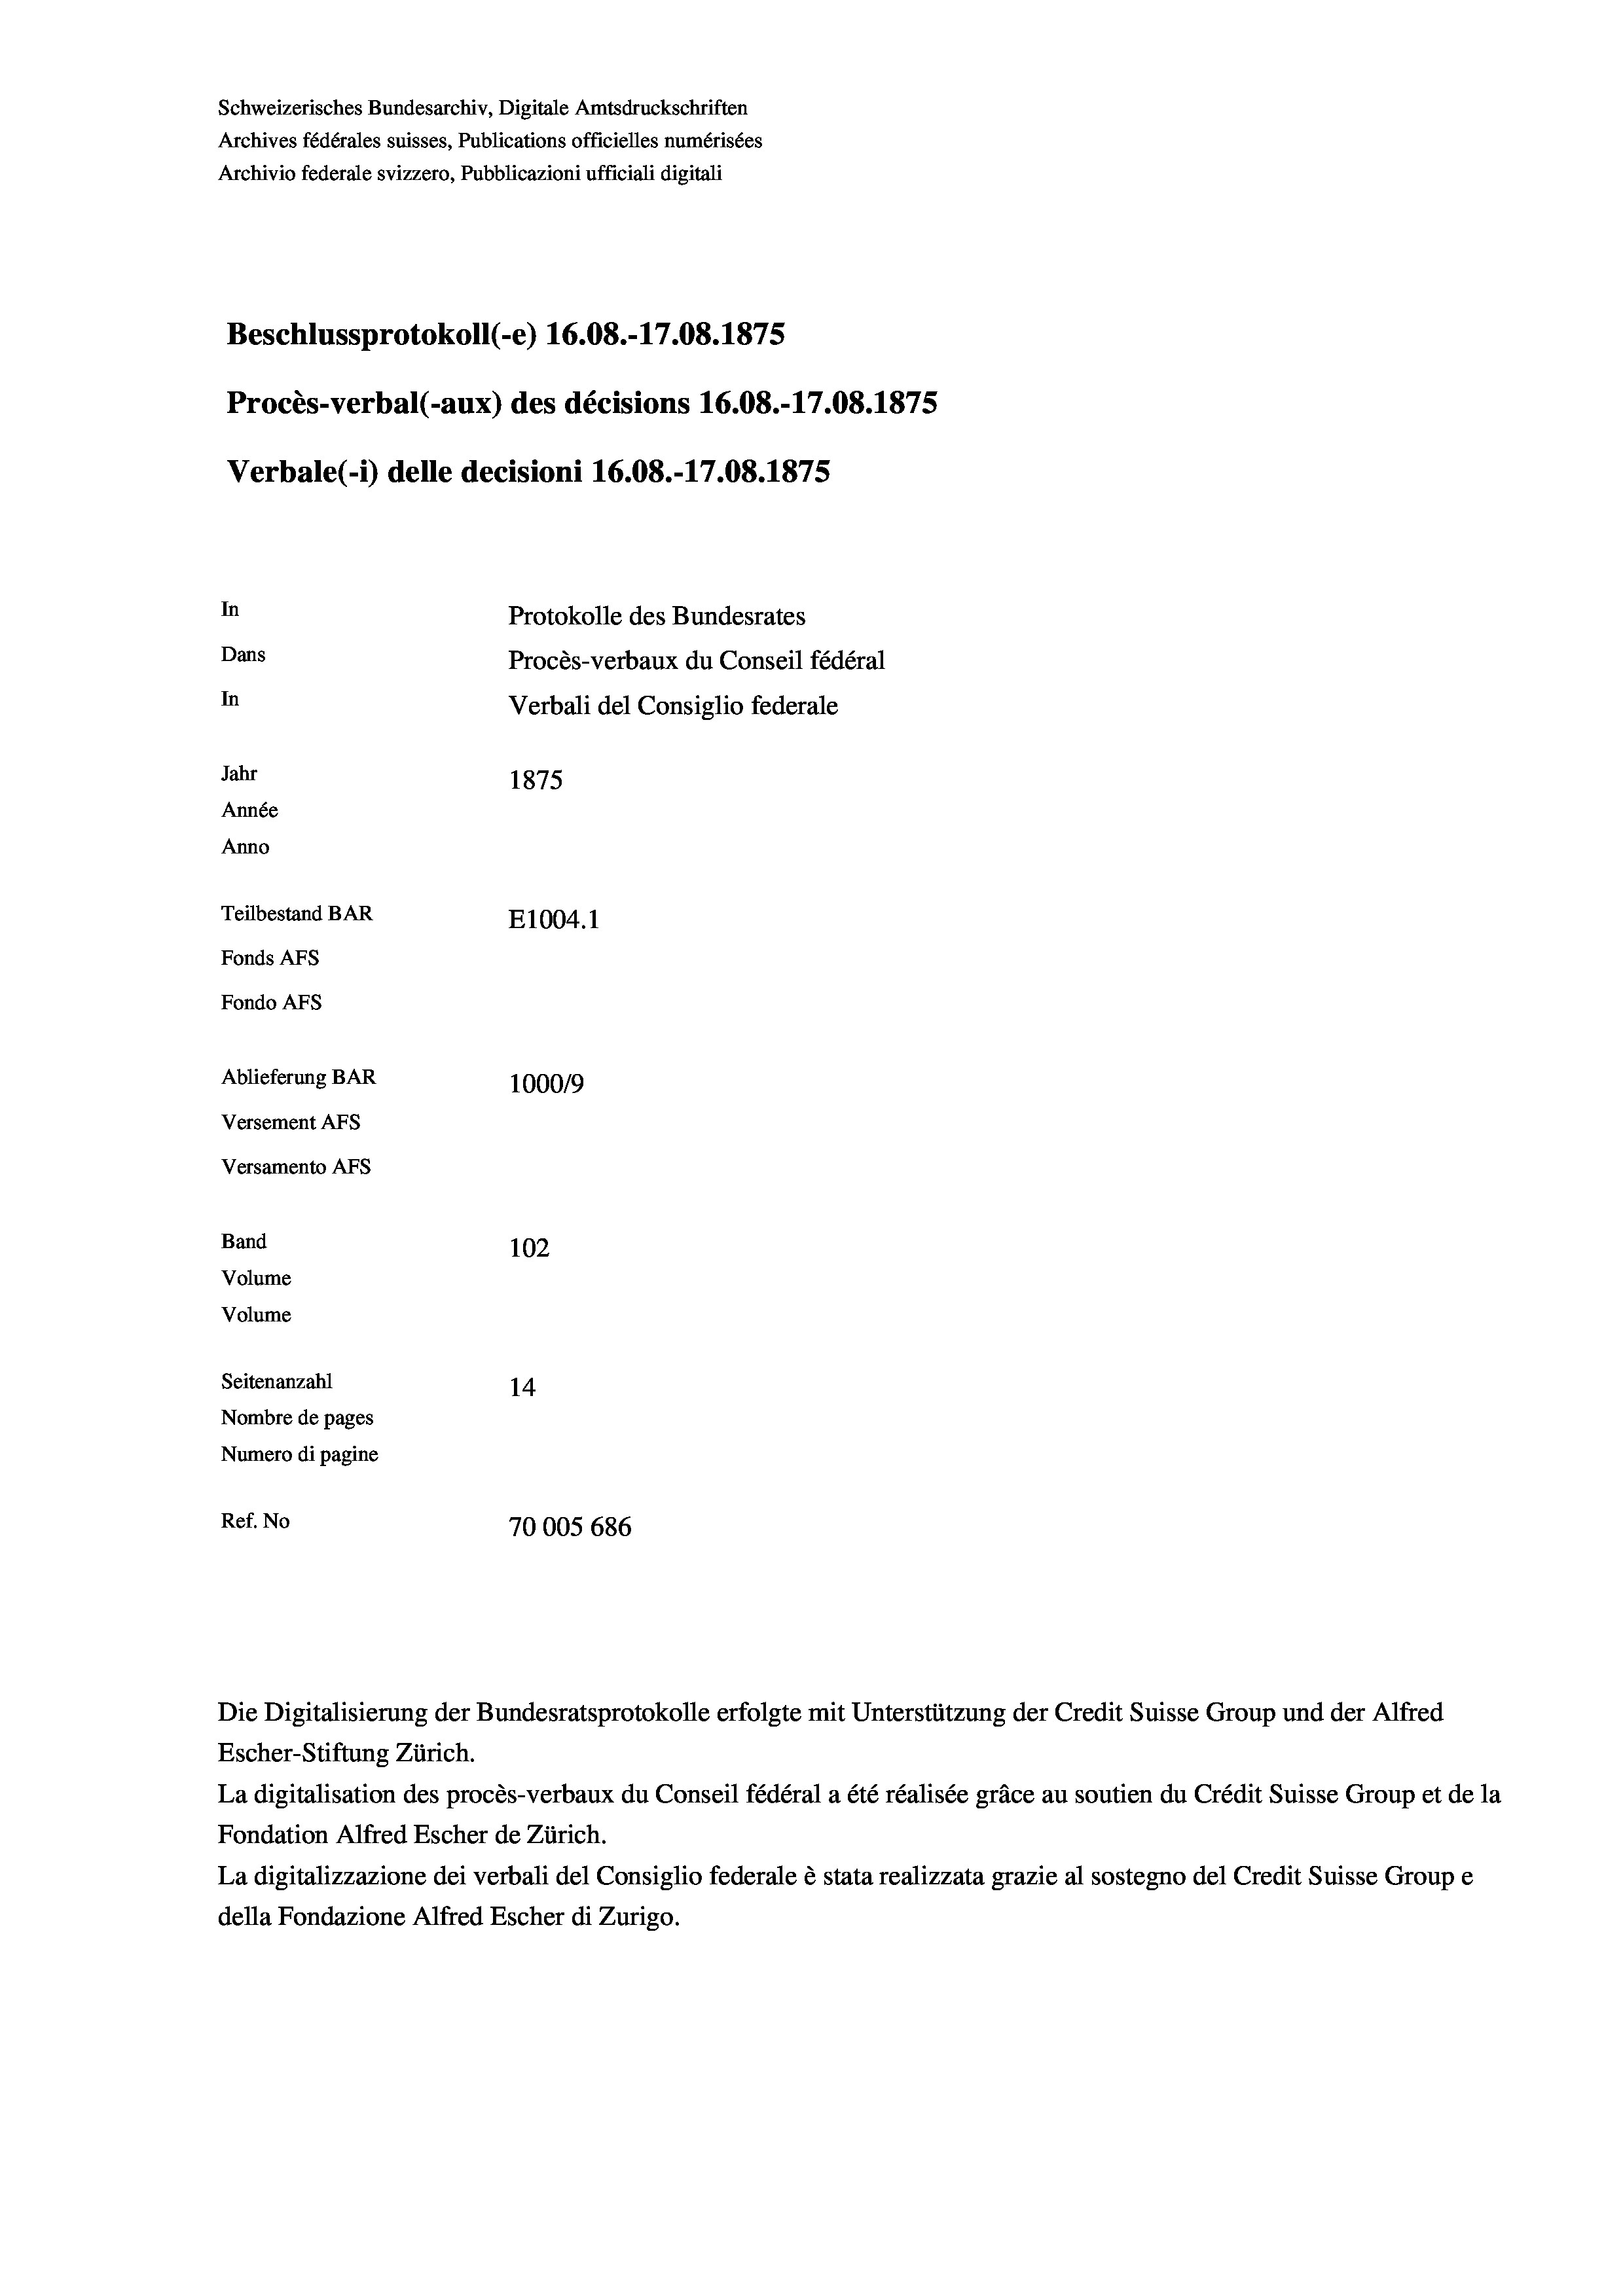
Schweizerisches Bundesarchiv, Digitale Amtsdruckschriften
Archives fédérales suisses, Publications officielles numérisées
Archivio federale svizzero, Pubblicazioni ufficiali digitali
Beschlussprotokoll (-e) 16.08.-17.08. 1875
Procès-verbal (-aux) des décisions 16.08.-17.08. 1875
Verbale (- 1) delle decisioni 16.08.-17.08. 1875
In
Protokolle des Bundesrates
Dans
Procès-verbaux du Conseil fédéral
In
Verbali del Consiglio federale
Jahr
1875
Année
Anno
Teilbestand BAR
E1004. 1
Fonds AFs
Fondo AFS
Ablieferung BAR
100019
Versement AFs
Versamento Afs
Band
102
Volume
Volume
Seitenanzahl
14
Nombre de pages
Numero di pagine
Ref. No
70005 686

Die Digitalisierung der Bundesratsprotokolle erfolgte mit Unterstützung der Credit Suisse Group und der Alfred
Escher-Stiftung Zürich.
La digitalisation des procès-verbaux du Conseil fédéral a été réalisée gräce au soutien du Crédit Suisse Group et de la
Fondation Alfred Escher de Zürich.
La digitalizzazione dei verbali del Consiglio federale è stata realizzata grazie al sostegno del Credit Suisse Groupe
della Fondazione Alfred Escher di Zurigo.